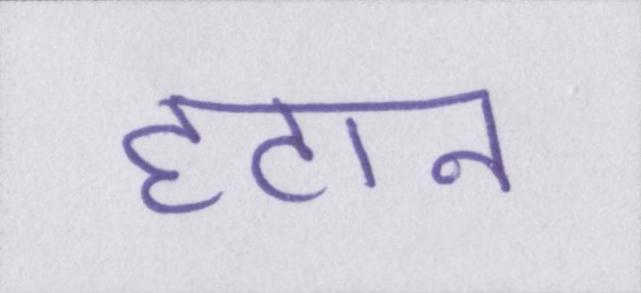
हटान